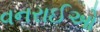
વનરાઈઓ